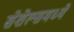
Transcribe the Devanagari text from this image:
सेशेल्समध्ये